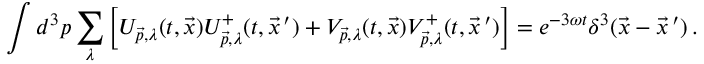
\int d ^ { 3 } p \sum _ { \lambda } \left[ U _ { \vec { p } , \lambda } ( t , \vec { x } ) U _ { \vec { p } , \lambda } ^ { + } ( t , \vec { x } ^ { \, \prime } ) + V _ { \vec { p } , \lambda } ( t , \vec { x } ) V _ { \vec { p } , \lambda } ^ { + } ( t , \vec { x } ^ { \, \prime } ) \right] = e ^ { - 3 \omega t } \delta ^ { 3 } ( \vec { x } - \vec { x } ^ { \, \prime } ) \, .